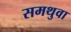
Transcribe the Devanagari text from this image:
समथुवा